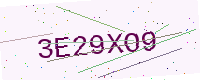
Text: 3E29XO9